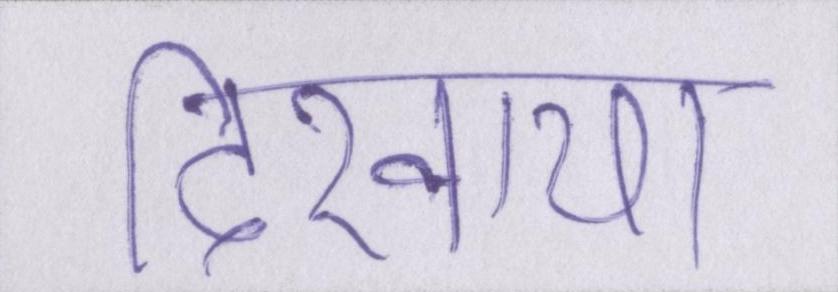
दिखाया